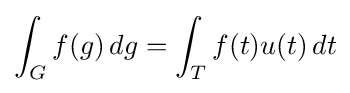
\int _{G}f(g)\,dg=\int _{T}f(t)u(t)\,dt